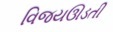
વિજયઊડતી